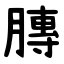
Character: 膞